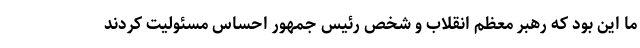
ما این بود که رهبر معظم انقلاب و شخص رئیس جمهور احساس مسئولیت کردند